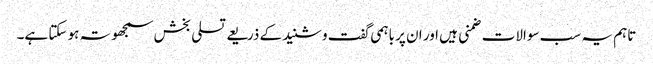
تاہم یہ سب سوالات ضمنی ہیں اور ان پر باہمی گفت وشنید کے ذریعے تسلی بخش سمجھوتہ ہو سکتا ہے۔